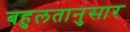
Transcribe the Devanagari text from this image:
बहुलतानुसार